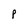
Character: p